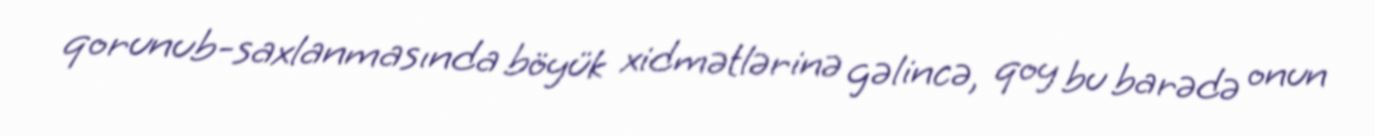
qorunub-saxlanmasında böyük xidmətlərinə gəlincə, qoy bu barədə onun